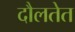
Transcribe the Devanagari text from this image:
दौलतेत